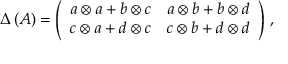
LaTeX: \Delta \left( A \right) = \left( \begin{array} { c c } { { a \otimes a + b \otimes c } } & { { a \otimes b + b \otimes d } } \\ { { c \otimes a + d \otimes c } } & { { c \otimes b + d \otimes d } } \end{array} \right) \, ,